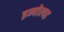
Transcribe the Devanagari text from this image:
इन्वोल्व्ड